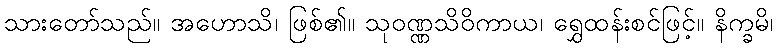
သားတော်သည်။ အဟောသိ၊ ဖြစ်၏။ သုဝဏ္ဏသိဝိကာယ၊ ရွှေထန်းစင်ဖြင့်။ နိက္ခမိ၊